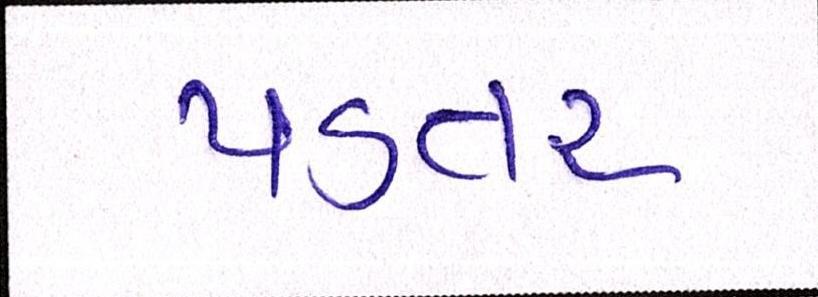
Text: પડતર